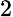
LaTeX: \small 2